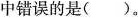
中错误的是()。